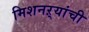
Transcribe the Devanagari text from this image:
मिशनऱ्यांची